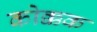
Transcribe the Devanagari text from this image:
कोक्कक